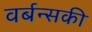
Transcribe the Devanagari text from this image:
वर्बन्सकी